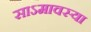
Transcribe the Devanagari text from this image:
साऽमावस्या